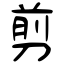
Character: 剪